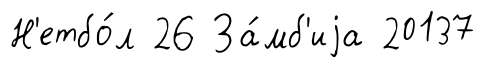
Н'етбо́л 26 За́мб'иjа 20137